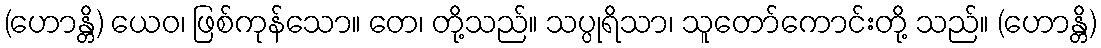
(ဟောန္တိ) ယေဝ၊ ဖြစ်ကုန်သော။ တေ၊ တို့သည်။ သပ္ပုရိသာ၊ သူတော်ကောင်းတို့ သည်။ (ဟောန္တိ)